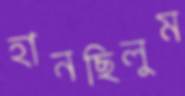
হানছিলুম